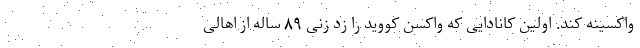
واکسینه کند. اولین کانادایی که واکسن کووید را زد زنی ۸۹ ساله از اهالی